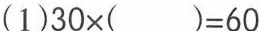
(1)$$30\times( )=60$$